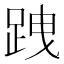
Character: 跩